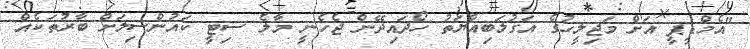
"އެމްޑީޕީ އަށް މަޖިލީހުގެ އަގުލަބިއްޔަތު ހޯދައިދޭން ޖެހެނީ މާލެ ސިޓީ ކައުންސިލަށް ބާރުތަކެއް